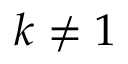
k \neq 1